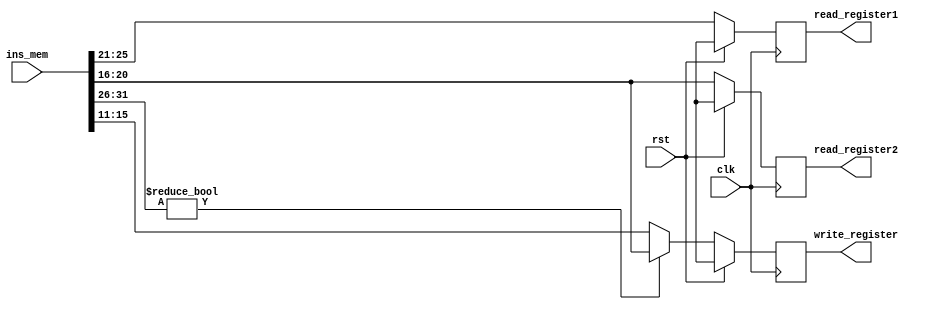
`timescale 1ns / 1ps
//////////////////////////////////////////////////////////////////////////////////
// Company: 
// Engineer: 
// 
// Design Name: 
// Module Name: ins_decode
// Project Name: 
// Target Devices: 
// Tool Versions: 
// Description: 
// 
// Dependencies: 
// 
// Revision:
// Revision 0.01 - File Created
// Additional Comments:
// 
//////////////////////////////////////////////////////////////////////////////////


module instruction_decode(input clk, input rst, input [31:0] ins_mem, output reg [4:0] read_register1, output reg [4:0] read_register2, output reg [4:0] write_register);

always @ (posedge clk) 
begin
if(!rst) begin
 read_register1 <= ins_mem[25:21];
 read_register2 <= ins_mem[20:16];
 write_register <= ins_mem[31:26] ? ins_mem[20:16] : ins_mem[15:11]; // simply written if needed it can be rewritten.
end

else begin
read_register1 <= 5'bx;
 read_register2 <= 5'bx;
 write_register <= 5'bx;
end

end

endmodule


//initial
//begin 
////write_register = 5'b00000;
//if (ins_mem[31:26] == 6'b000000)
// write_register = ins_mem[15:11];
//else
// write_register = ins_mem[20:16];
//end

//initial
//begin 
//write_register = 5'b00000;
//case(ins_mem[31:26])
//6'b000000 : write_register = ins_mem[15:11];
//6'b001000 : write_register = ins_mem[20:16];
//endcase
//end